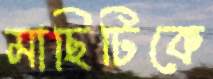
মাছিটিকে